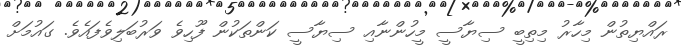
ރައްޔިތުން މިހާރު މިތިބީ ސިޔާސީ މީހުންނާއި ސިޔާސީ ކަންތަކުން ފޫހިވެ ވަރުބަލިވެފައެވެ. ގައުމަށް